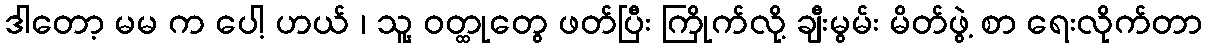
ဒါတော့ မမ က ပေါ့ ဟယ် ၊ သူ့ ဝတ္ထုတွေ ဖတ်ပြီး ကြိုက်လို့ ချီးမွမ်း မိတ်ဖွဲ့ စာ ရေးလိုက်တာ